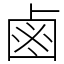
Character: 鹵